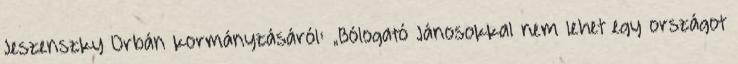
Jeszenszky Orbán kormányzásáról: „Bólogató Jánosokkal nem lehet egy országot